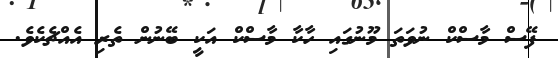
ފޭސް މާސްކް ނުވަތަ މޫނުގައި ހާކާ މާސްކް އަކީ ބޭނުން ތެރި އެއްޗެކެވެ.